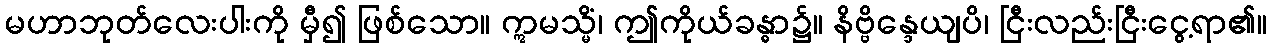
မဟာဘုတ်လေးပါးကို မှီ၍ ဖြစ်သော။ ဣမသ္မိံ၊ ဤကိုယ်ခန္ဓာ၌။ နိဗ္ဗိန္ဒေယျပိ၊ ငြီးလည်းငြီးငွေ့ရာ၏။